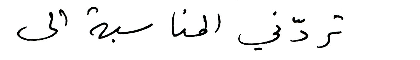
تردّني المناسبة الى